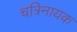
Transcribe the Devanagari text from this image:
चत्रिनायक